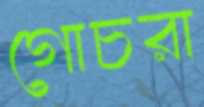
গোচরা